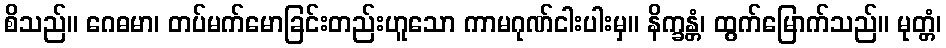
စိသည်။ ဂေဓမာ၊ တပ်မက်မောခြင်းတည်းဟူသော ကာမဂုဏ်ငါးပါးမှ။ နိက္ခန္တံ၊ ထွက်မြောက်သည်။ မုတ္တံ၊